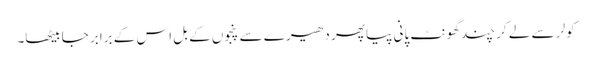
کولر سے لے کر چند گھونٹ پانی پیا پھر دھیرے سے پنجوں کے بل اس کے برابر جا بیٹھا۔